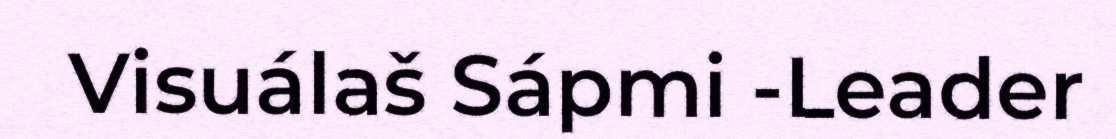
Visuálaš Sápmi -Leader